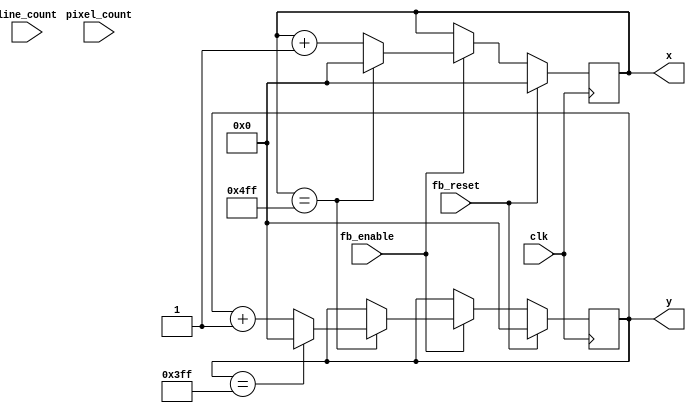
module vga_adr_trans(input clk, input [11:0] pixel_count, line_count, input fb_reset, fb_enable, output reg [11:0] x, y);
  parameter FB_X_MAX = 1280;
  parameter FB_Y_MAX = 1024;
  always @(posedge clk) begin
    if (fb_reset) begin
      x <= 0;
      y <= 0;
    end else begin
      if (fb_enable) begin
        x <= next_x;
        y <= next_y;
      end
    end
  end 
  reg [11:0] next_x, next_y;
  always @(*) begin 
    next_x = (x == FB_X_MAX-1) ? 0 : x + 1;
    next_y = (x == FB_X_MAX-1) ? ((y == FB_Y_MAX-1) ? 0 : y + 1) : y; 
  end 
endmodule